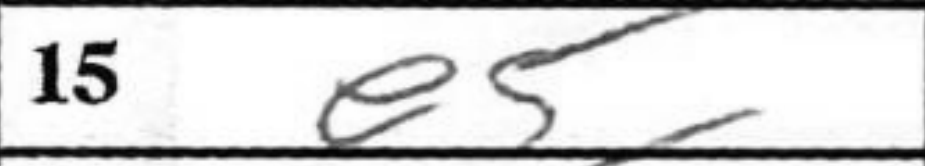
Transcription: e5